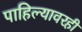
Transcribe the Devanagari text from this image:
पाहिल्यावरही